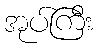
အုပ်ကြီး